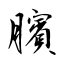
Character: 臏